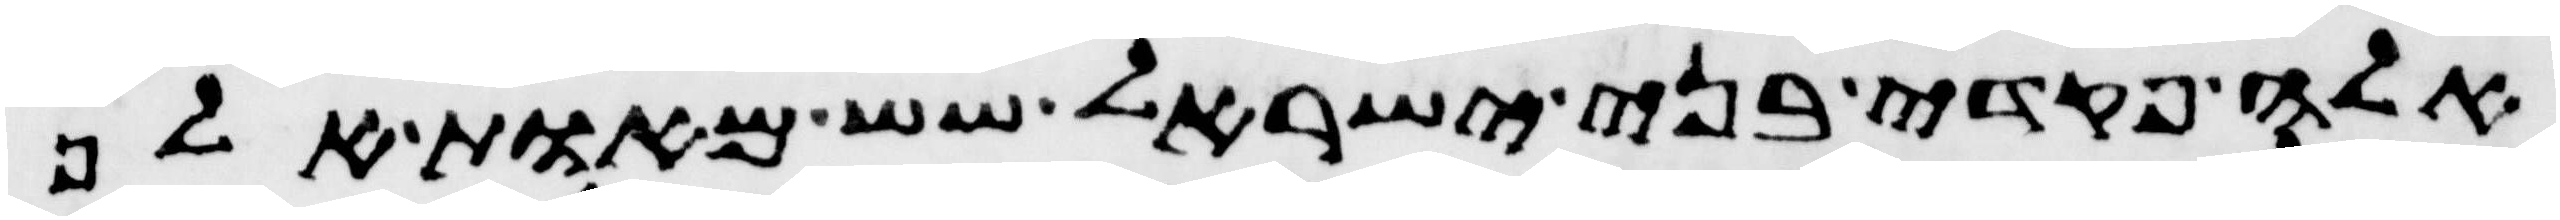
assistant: אלה פקדי בני ישראל שש מאות אלף